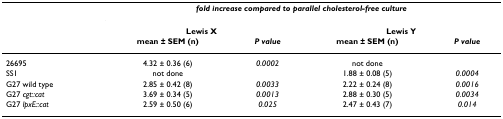
<table><thead><tr><td></td><td colspan="4"><b><i>fold increase compared to parallel cholesterol-free culture</i></b></td></tr><tr><td></td><td colspan="2"><b>Lewis X</b></td><td colspan="2"><b>Lewis Y</b></td></tr><tr><td></td><td><b>mean ± SEM (n)</b></td><td><b><i>P value</i></b></td><td><b>mean ± SEM (n)</b></td><td><b><i>P value</i></b></td></tr></thead><tbody><tr><td>26695</td><td>4.32 ± 0.36 (6)</td><td><i>0.0002</i></td><td>not done</td><td></td></tr><tr><td>SS1</td><td>not done</td><td></td><td>1.88 ± 0.08 (5)</td><td><i>0.0004</i></td></tr><tr><td>G27 wild type</td><td>2.85 ± 0.42 (8)</td><td><i>0.0033</i></td><td>2.22 ± 0.24 (8)</td><td><i>0.0016</i></td></tr><tr><td>G27 <i>cgt::cat</i></td><td>3.69 ± 0.34 (5)</td><td><i>0.0013</i></td><td>2.88 ± 0.30 (5)</td><td><i>0.0034</i></td></tr><tr><td>G27 <i>lpxE::cat</i></td><td>2.59 ± 0.50 (6)</td><td><i>0.025</i></td><td>2.47 ± 0.43 (7)</td><td><i>0.014</i></td></tr></tbody></table>